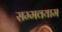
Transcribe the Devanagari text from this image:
सम्मवयाम